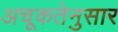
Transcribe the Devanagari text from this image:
अचूकतेनुसार